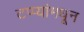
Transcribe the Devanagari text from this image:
टप्प्यांमधून